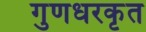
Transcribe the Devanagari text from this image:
गुणधरकृत